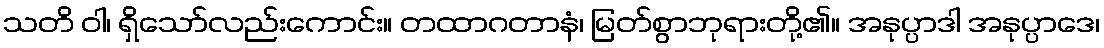
သတိ ဝါ၊ ရှိသော်လည်းကောင်း။ တထာဂတာနံ၊ မြတ်စွာဘုရားတို့၏။ အနုပ္ပာဒါ အနုပ္ပာဒေ၊